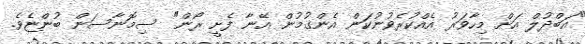
"އަބްދުލް އަށް މިހާވަރު އެއްކުރެވުނުކަން އެންގުމުން އޭނާ ފެށީ ރޯން" ސިމޮނާސަން ބުންޏެވެ.